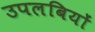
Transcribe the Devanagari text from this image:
उपलबियों